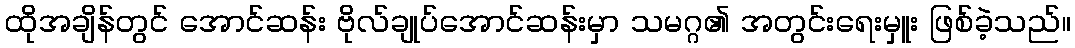
ထိုအချိန်တွင် အောင်ဆန်း ဗိုလ်ချုပ်အောင်ဆန်းမှာ သမဂ္ဂ၏ အတွင်းရေးမှူး ဖြစ်ခဲ့သည်။